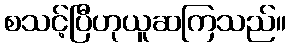
စသင့်ပြီဟုယူဆကြသည်။